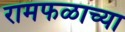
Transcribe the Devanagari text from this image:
रामफळाच्या